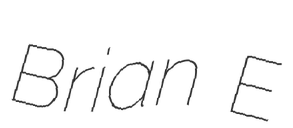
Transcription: Brian E